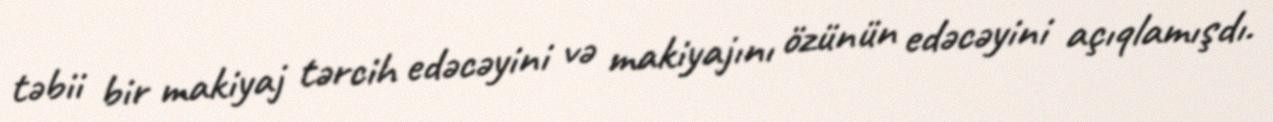
təbii bir makiyaj tərcih edəcəyini və makiyajını özünün edəcəyini açıqlamışdı.